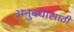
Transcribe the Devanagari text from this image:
अनुबंधासाठी